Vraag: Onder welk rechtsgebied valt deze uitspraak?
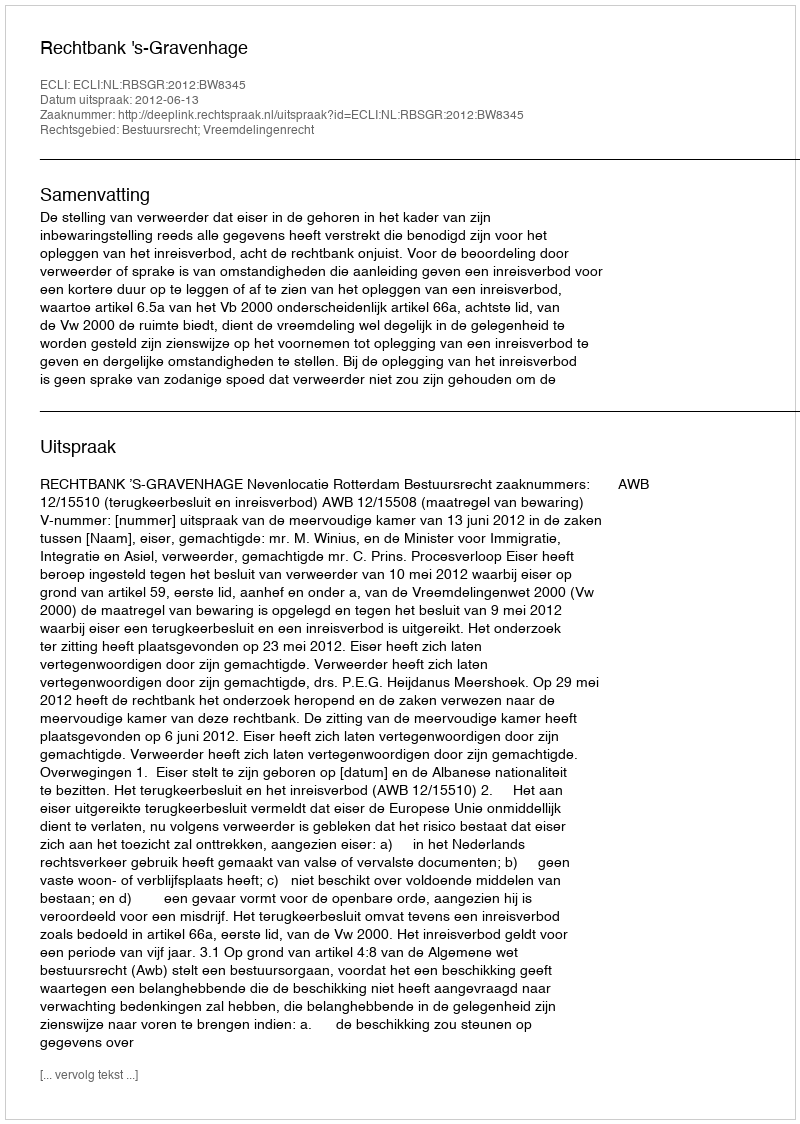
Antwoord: Bestuursrecht; Vreemdelingenrecht